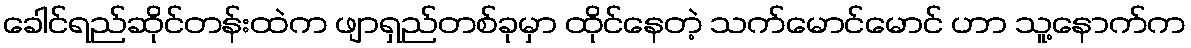
ခေါင်ရည်ဆိုင်တန်းထဲက ဖျာရှည်တစ်ခုမှာ ထိုင်နေတဲ့ သက်မောင်မောင် ဟာ သူ့နောက်က